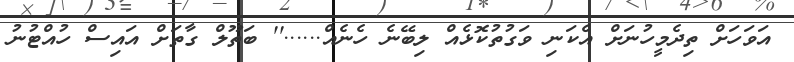
އަވަހަށް ތިދެމީހުނަށް އެކަނި ވަގުތުކޮޅެއް ލިބޭނެ ހެނެއް......'' ބަތޫލް ގާތަށް އައިސް ހުއްޓުނު